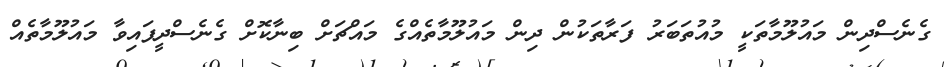
ގެނެސްދިން މައުލޫމާތަކީ މުއުތަބަރު ފަރާތަކުން ދިން މައުލޫމާތެއްގެ މައްޗަށް ބިނާކޮށް ގެނެސްދީފައިވާ މައުލޫމާތެއް